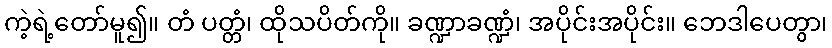
ကဲ့ရဲ့တော်မူ၍။ တံ ပတ္တံ၊ ထိုသပိတ်ကို။ ခဏ္ဍာခဏ္ဍံ၊ အပိုင်းအပိုင်း။ ဘေဒါပေတွာ၊